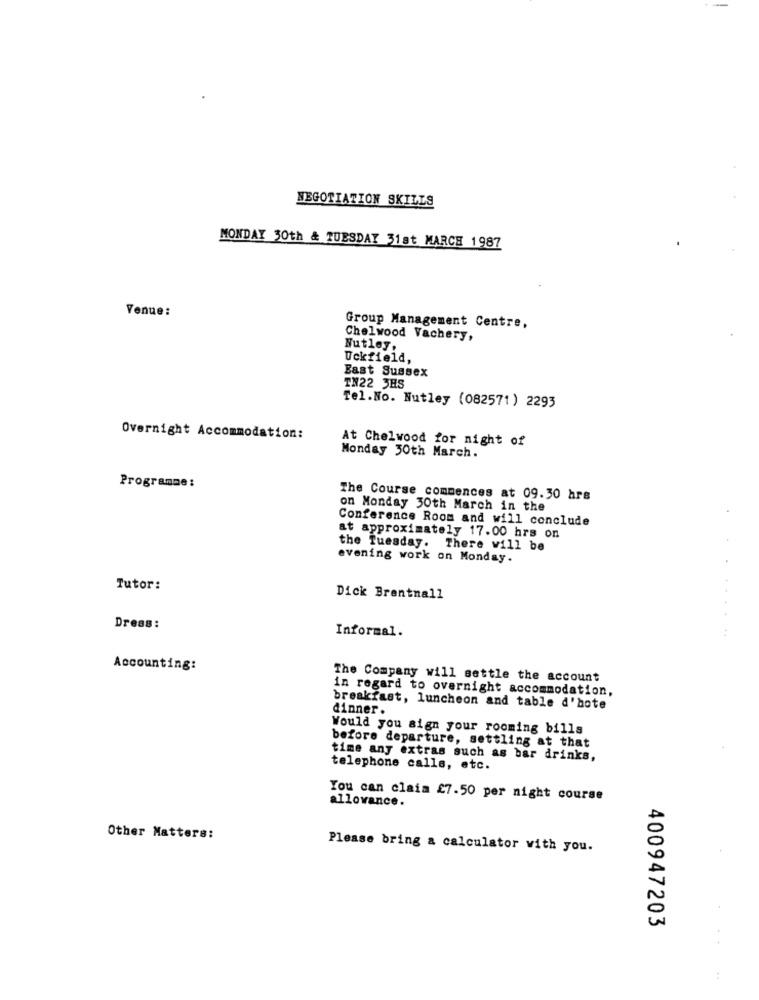
NEGOTIATION SKILLS
MONDAY 30th & TUESDAY 31st MARCH 1987
Venue:
Group Management Centre,
Chelwood Vachery,
Nutley,
Uckfield,
East Sussex
TN22 3HS
Tel.No. Nutley (082571) 2293
Overnight Accommodation:
At Chelwood for night of
Monday 30th March.
Programme:
The Course commences at 09.30 hrs
on Monday 30th March in the
Conference Room and will conclude
at approximately 17.00 hrs on
the Tuesday. There will be
evening work on Monday.
Tutor:
Dick Brentnall
Dress :
....
Informal.
Accounting:
The Company will settle the account
in regard to overnight accommodation,
breakfast, luncheon and table d'hote
dinner.
Would you sign your rooming bills
before departure, settling at that
time any extras such as bar drinks,
telephone calls, etc.
You can claim £7.50 per night course
allowance.
Other Matters:
Please bring a calculator with you.
400947203